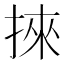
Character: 𢯦